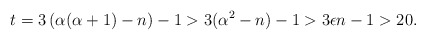
\begin{align*}t = 3\left(\alpha(\alpha + 1) - n\right) - 1 > 3(\alpha^2 -n) - 1 > 3\epsilon n - 1 > 20.\end{align*}